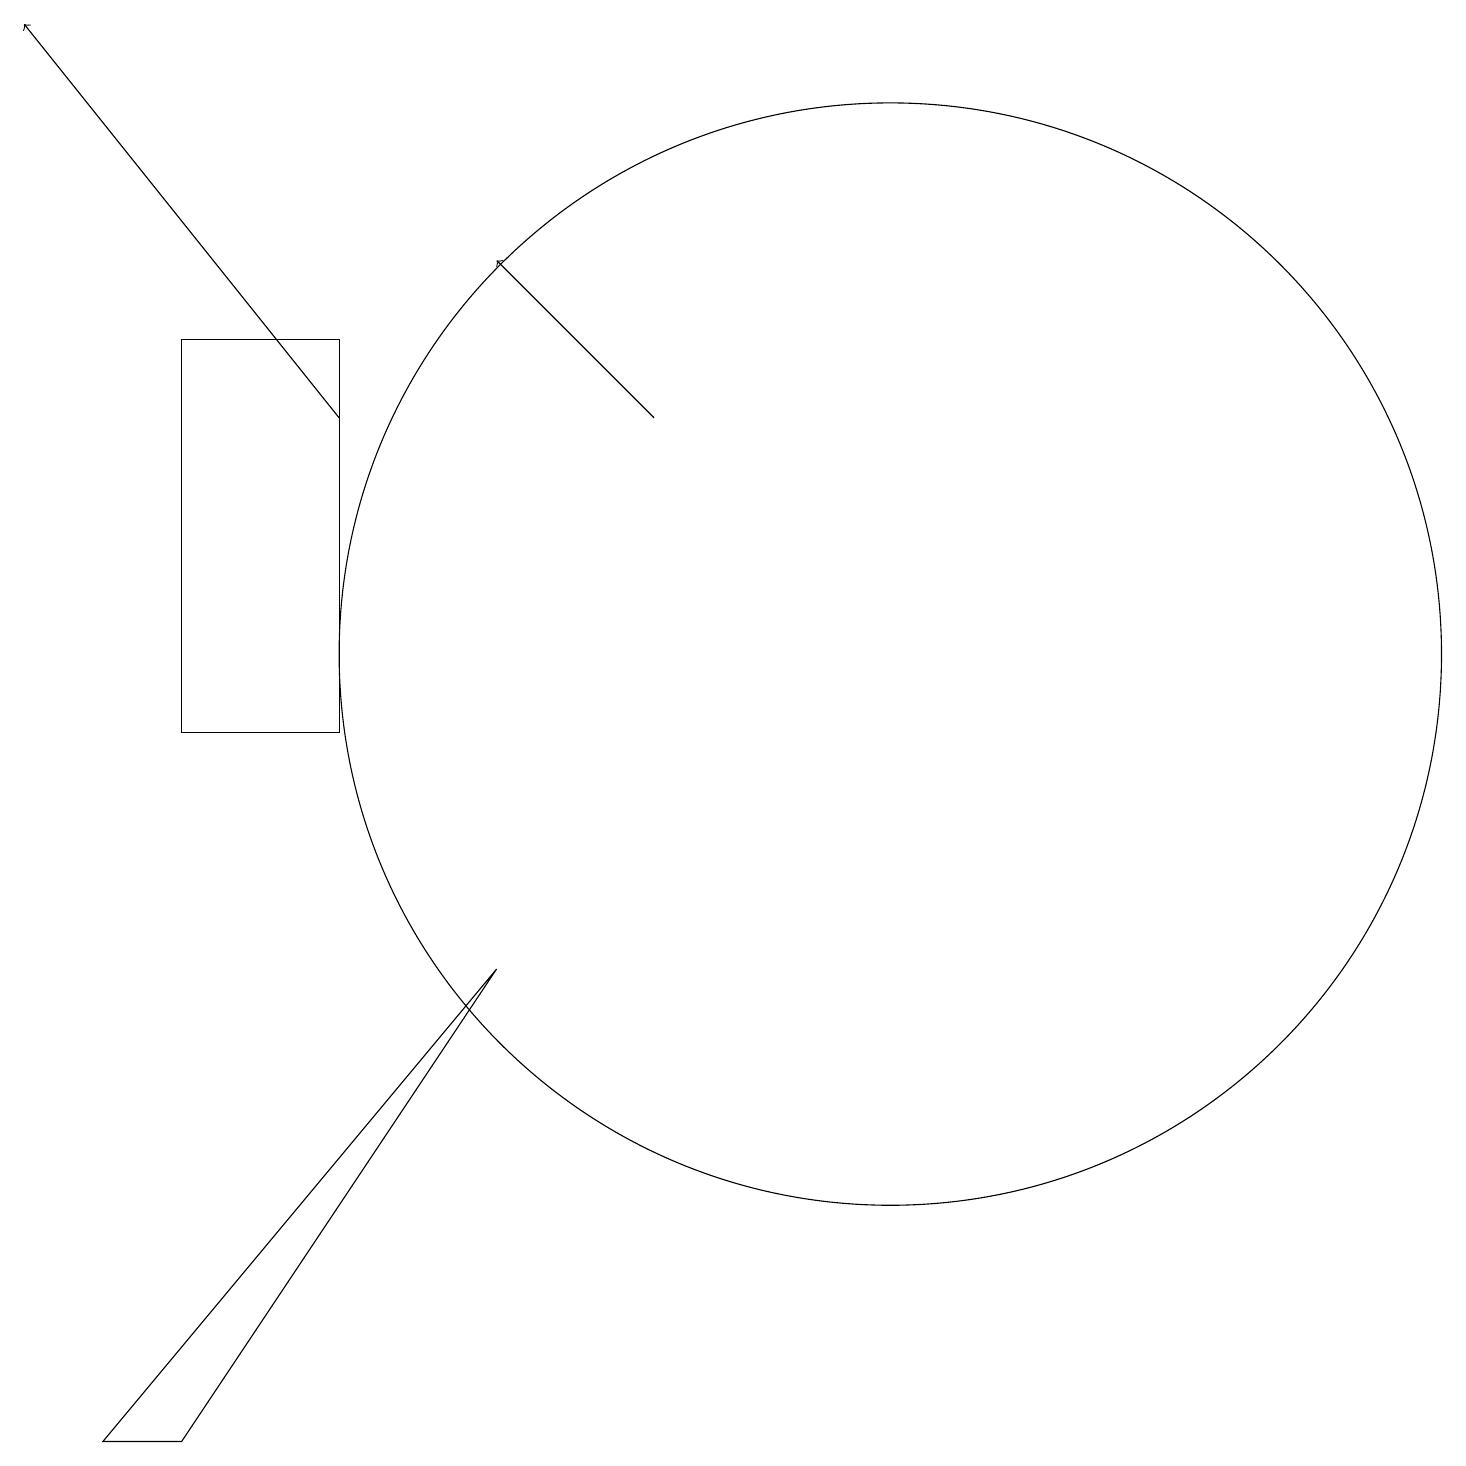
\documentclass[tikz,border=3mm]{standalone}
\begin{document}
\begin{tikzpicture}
\draw[->] (5,14) -- (1,19);
\draw (12,11) circle (7);
\draw (5,15) rectangle (3,10);
\draw[->] (9,14) -- (7,16);
\draw (3,1) -- (2,1) -- (7,7) -- cycle;
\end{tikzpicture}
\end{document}